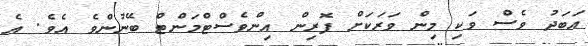
އަބަދު ވެސް ވަކި މިން ވަރަކަށް ފޮރިން އިންވެސްޓްމަންޓް ބޭނުންވެ އެވެ. އެ